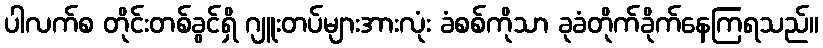
ပါလက်စ တိုင်းတစ်ခွင်ရှိ ဂျူးတပ်များအားလုံး ခံစစ်ကိုသာ ခုခံတိုက်ခိုက်နေကြရသည်။